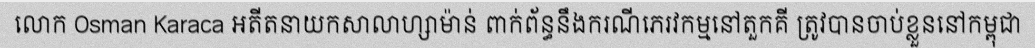
លោក Osman Karaca អតីតនាយកសាលាហ្សាម៉ាន់ ពាក់ព័ន្ធនឹងករណីភេរវកម្មនៅតួកគី ត្រូវបានចាប់ខ្លួននៅកម្ពុជា